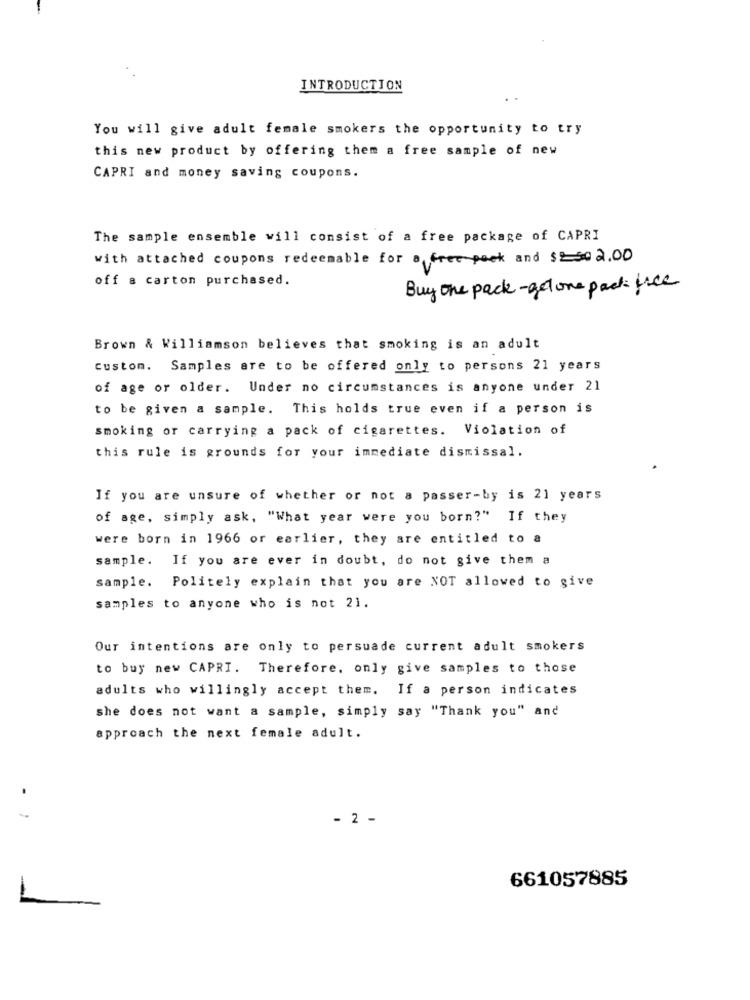
INTRODUCTION
You will give adult female smokers the opportunity to try
this new product by offering them a free sample of new
CAPRI and money saving coupons.
The sample ensemble will consist of a free package of CAPRI
with attached coupons redeemable for a free peek and $250 2.00
off a carton purchased.
Buy one pack - actone pack fice
Brown & Williamson believes that smoking is an adult
Custom. Samples are to be offered only to persons 21 years
of age or older. Under no circumstances is anyone under 21
to be given a sample. This holds true even if a person is
smoking or carrying a pack of cigarettes. Violation of
this rule is grounds for your immediate dismissal.
If you are unsure of whether or not a passer-by is 21 years
of age, simply ask, "What year were you born?" If they
were born in 1966 or earlier, they are entitled to a
sample. If you are ever in doubt, do not give them a
sample. Politely explain that you are NOT allowed to give
samples to anyone who is not 21.
Our intentions are only to persuade current adult smokers
to buy new CAPRI. Therefore, only give samples to those
adults who willingly accept them. If a person indicates
she does not want a sample, simply say "Thank you" and
approach the next female adult.
. ;
- 2 -
661057885